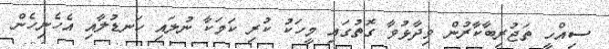
ސިއްހީ ތަޖުރިބާކާރުން ވިދާޅުވާ ގޮތުގައި މީހަކު ކުރި ކަމަކާ ނުލައި ހަނޑުލާއި އެހެނިހެން